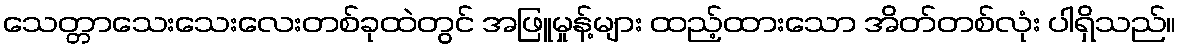
သေတ္တာသေးသေးလေးတစ်ခုထဲတွင် အဖြူမှုန့်များ ထည့်ထားသော အိတ်တစ်လုံး ပါရှိသည်။